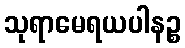
သုရာမေရယပါနဉ္စ